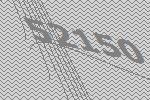
52150